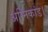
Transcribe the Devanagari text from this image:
अग्निकांड।